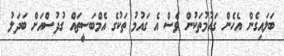
ބަލައިގެން އެހެން ގައުމުތަކުން ވެސް އެ ގައުމު ތަކުގެ އެމްބަސީތައް ގުދުސްއަށް ބަދަލު